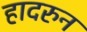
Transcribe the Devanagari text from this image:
हादरुन